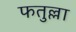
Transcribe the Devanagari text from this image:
फतुल्ला